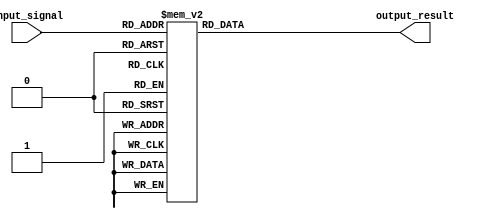
module simple_case_statement(
    input [2:0] input_signal,
    output reg [3:0] output_result
);

always @(*) begin
    case(input_signal)
        3'b000: output_result = 4'b0000;    // If input_signal is 000
        3'b001: output_result = 4'b0001;    // If input_signal is 001
        3'b010: output_result = 4'b0010;    // If input_signal is 010
        3'b011: output_result = 4'b0011;    // If input_signal is 011
        3'b100: output_result = 4'b0100;    // If input_signal is 100
        3'b101: output_result = 4'b0101;    // If input_signal is 101
        3'b110: output_result = 4'b0110;    // If input_signal is 110
        3'b111: output_result = 4'b0111;    // If input_signal is 111
        default: output_result = 4'b1111;    // Default case
    endcase
end

endmodule